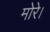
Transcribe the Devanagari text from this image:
मोरे।